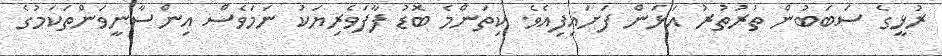
ރުޅީގެ ސަބަބުން ތުރުތުރު އަޅަން ފަށައިފިއެވެ. ކިތަންމެ ބޮޑު ފާފަވެރިޔަކު ނަމަވެސް އިންސާނީވަންތަކަމުގެ